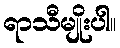
ရာသီမျိုးပါ။